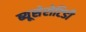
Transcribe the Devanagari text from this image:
ब्यूसेरोटिडी